Vaccination in Bombay 1874-1876 - 1874-1876
Year: 1874
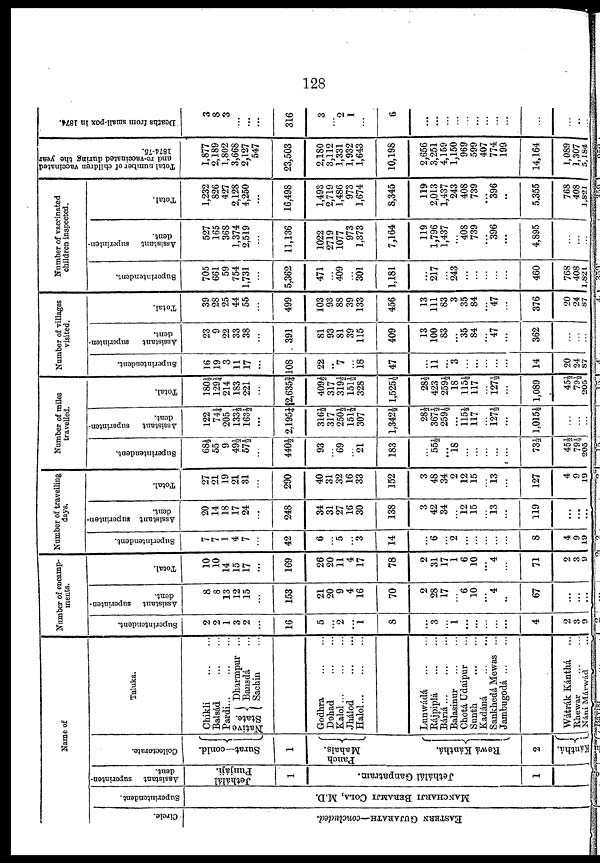
128
Name of
Circle.
EASTERN GUJARATH—concluded.
Superintendent.
MANCHARJI BERAMJI COLA, M.D.
Assistant
superinten-
dent.
Jethálál
Punjáji.
1
Jethálál Ganpatram.
1
Collectorate.
Surat—conld.
1
Panch
Mahals.
Rewá Kánthá.
2
Kánthá.
Taluka.
Chikli
...
...
Balsád
...
...
Pardi...
...
...
Native
State.
Dharmpur ...
Bansdá ...
Sachin ...
Godhra
...
...
Dohad
...
...
Kalol...
...
...
Jhálod
...
...
Halol...
...
...
Lunwádá
...
...
Rájpiplá
...
...
Báriá...
...
...
Balasinur
...
...
Chotá Udaipur
Sunth
...
...
Kadáná
...
...
Sankhedá Mewas ...
Jambugodá...
...
Wátrák Kánthá ...
Rhewar ... ...
Náni Márwád ...
Number of encamp-
ments.
Superintendent.
2
2
1
3
2
...
16
5
...
2
...
1
8
...
3
...
1
...
...
...
...
...
4
2
3
9
Assistant superinten-
dent.
8
8
13
12
15
...
153
21
20
9
4
16
70
2
28
17
...
6
10
...
4
...
67
...
...
...
Total.
10
10
14
15
17
...
169
26
20
11
4
17
78
2
31
17
1
6
10
...
4
...
71
2
3
9
Number of travelling
days.
Superintendent.
7
7
1
4
7
...
42
6
...
5
...
3
14
...
6
...
2
...
...
...
...
...
8
4
9
19
Assistant superinten-
dent.
20
14
18
17
24
...
248
34
31
27
16
30
138
3
42
34
...
12
15
...
13
...
119
...
...
...
Total.
27
21
19
21
31
...
290
40
31
32
16
33
152
3
48
34
2
12
15
...
13
...
127
4
9
19
Number of miles
travelled.
Superintendent.
68½
55
9
49½
57½
...
440½
93
...
69
...
21
183
...
55½
...
18
...
...
...
...
...
73½
45½
79½
205
Assistant
superinten-
dent.
122
74¼
205
133½
163½
...
2,195¼
316½
317
250½
151½
307
1,342½
28½
367½
259½
...
115½
117
...
127½
...
1,015½
...
...
...
Total.
180½
129¼
214
183
221
...
2,635¾
409½
317
319½
151½
328
1,525½
28½
423
259½
18
115½
117
...
127½
...
1,089
45½
79½
205
Number of villages
visited.
Superintendent.
16
19
3
11
17
...
108
22
..
7
...
18
47
...
11
...
3
...
...
...
...
...
14
20
24
87
Assistant superinten-
dent.
23
9
22
33
38
...
391
81
93
81
39
115
409
13
100
83
...
35
84
...
47
...
362
...
...
...
Total.
39
28
25
44
55
...
499
103
93
88
39
133
456
13
111
83
3
35
84
...
47
...
376
20
24
87
Number of vaccinated
children inspected.
Superintendent.
705
661
59
754
1,731
...
5,362
471
...
409
...
301
1,181
...
217
...
243
...
...
...
...
...
460
768
408
1,821
Assistant superinten-
dent.
527
165
368
1,374
2,519
...
11,136
1022
2719
1077
973
1,373
7,164
119
1,796
1,437
...
408
739
...
396
...
4,895
...
...
...
Total.
1,232
826
427
2,128
4,250
...
16,498
1,493
2,719
1,486
973
1,674
8,345
119
2,013
1,437
243
408
739
...
396
...
5,355
768
408
1,821
Total number of children vaccinated
and re-vaccinated during the year
1874-76.
1,877
2,189
1,802
3,668
2,127
547
23,503
2,180
3,112
1,331
1,932
1,643
10,198
2,656
3,251
4,159
1,150
969
599
407
774
199
14,164
1,089
1,307
5,184
Deaths from small-pox in 1874.
3
8
3
...
...
...
316
3
...
2
1
...
6
...
...
...
...
...
...
...
...
...
...
...
...
...